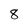
Character: 8